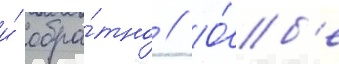
и́ обра́тно // О́б'е